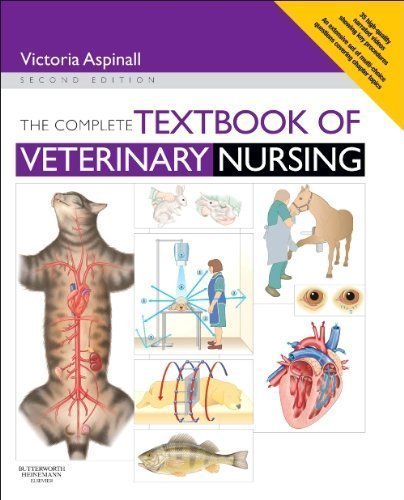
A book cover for The Complete Textbook of Veterinary Nursing, 2e 2nd (second) Edition by Aspinall BVSc MRCVS, Victoria published by Butterworth-Heinemann (2012); Medical Books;